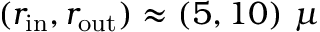
( r _ { \mathrm { i n } } , r _ { \mathrm { o u t } } ) \approx ( 5 , 1 0 ) ~ \mu